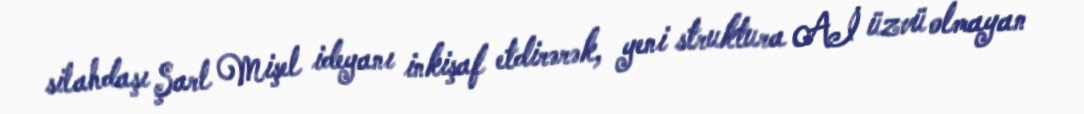
silahdaşı Şarl Mişel ideyanı inkişaf etdirərək, yeni struktura Aİ üzvü olmayan